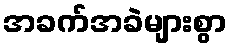
အခက်အခဲများစွာ